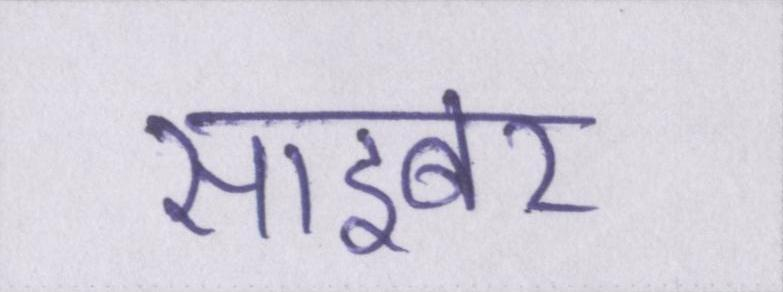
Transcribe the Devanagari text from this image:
साइबर